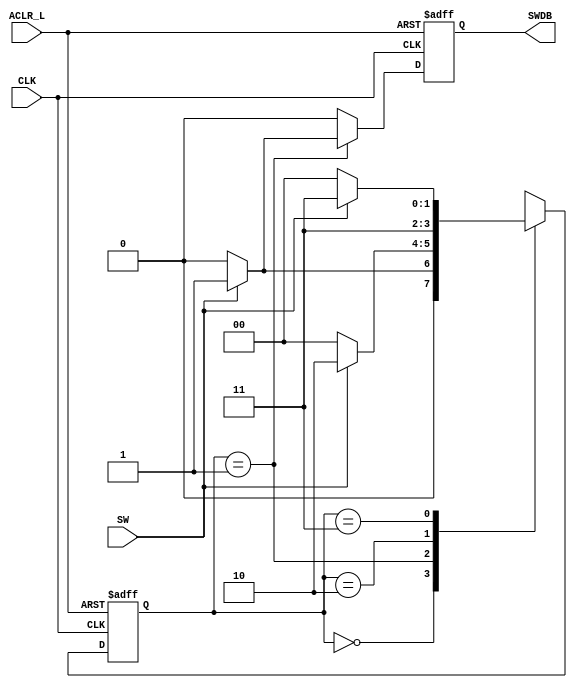
//Verilog source file for pushbutton de-bouncer
//Brian Willis, 5/1/2017
//De-bounces user pushbutton input for 3-bit counter
`timescale 1ns / 1ps

module SwitchDB(SW, CLK, ACLR_L, SWDB);
    input SW;
    input CLK;
    input ACLR_L;
    output reg SWDB;
    
    wire aclr_i = ~ACLR_L;
    reg [1:0] state;                                    //Symbolic definitions for SwitchDB states
    parameter [1:0] sw_off = 2'b00;                          
    parameter [1:0] sw_edge = 2'b01;
    parameter [1:0] sw_verf = 2'b10;
    parameter [1:0] sw_hold = 2'b11;
        
    always @(posedge CLK or posedge aclr_i)begin        //clock and asynchronous reset
        SWDB <= 0;                                      //By default, SWDB is low
        if(aclr_i == 1) state <= sw_off;    
        else begin
            case (state)
                sw_off : begin
                    if(SW == 1) state <= sw_edge;
                    else state <= sw_off;
                end
                sw_edge : begin
                    if(SW == 1)begin
                        state <= sw_verf;
                        SWDB <= 1;                      //SWDB goes high when in state "sw_verf"
                    end
                    else state <= sw_off;
                end
                sw_verf : state <= sw_hold;
                sw_hold : begin
                    if(SW == 1) state <= sw_hold;
                    else state <= sw_off;
                end
                default : state <= sw_off;
            endcase
        end
    end
endmodule